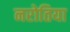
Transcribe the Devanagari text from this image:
नरोतिया